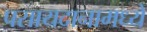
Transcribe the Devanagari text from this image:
पसायदानामध्ये